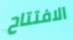
الافتتاح